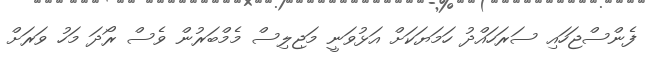
ފެންސްޖަހައި ސަރަހައްދު ހަމަޔަކަށް އަޅުވަނީ މަޖިލިސް މެމްބަރުން ވެސް ރޯދަ މަހު ވަރަށް